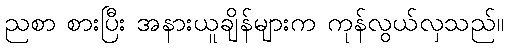
ညစာ စားပြီး အနားယူချိန်များက ကုန်လွယ်လှသည်။